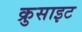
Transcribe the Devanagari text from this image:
क्रुसाइट